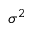
\sigma ^ { 2 }